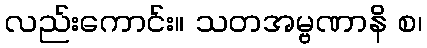
လည်းကောင်း။ သတအမ္ဗဏာနိ စ၊